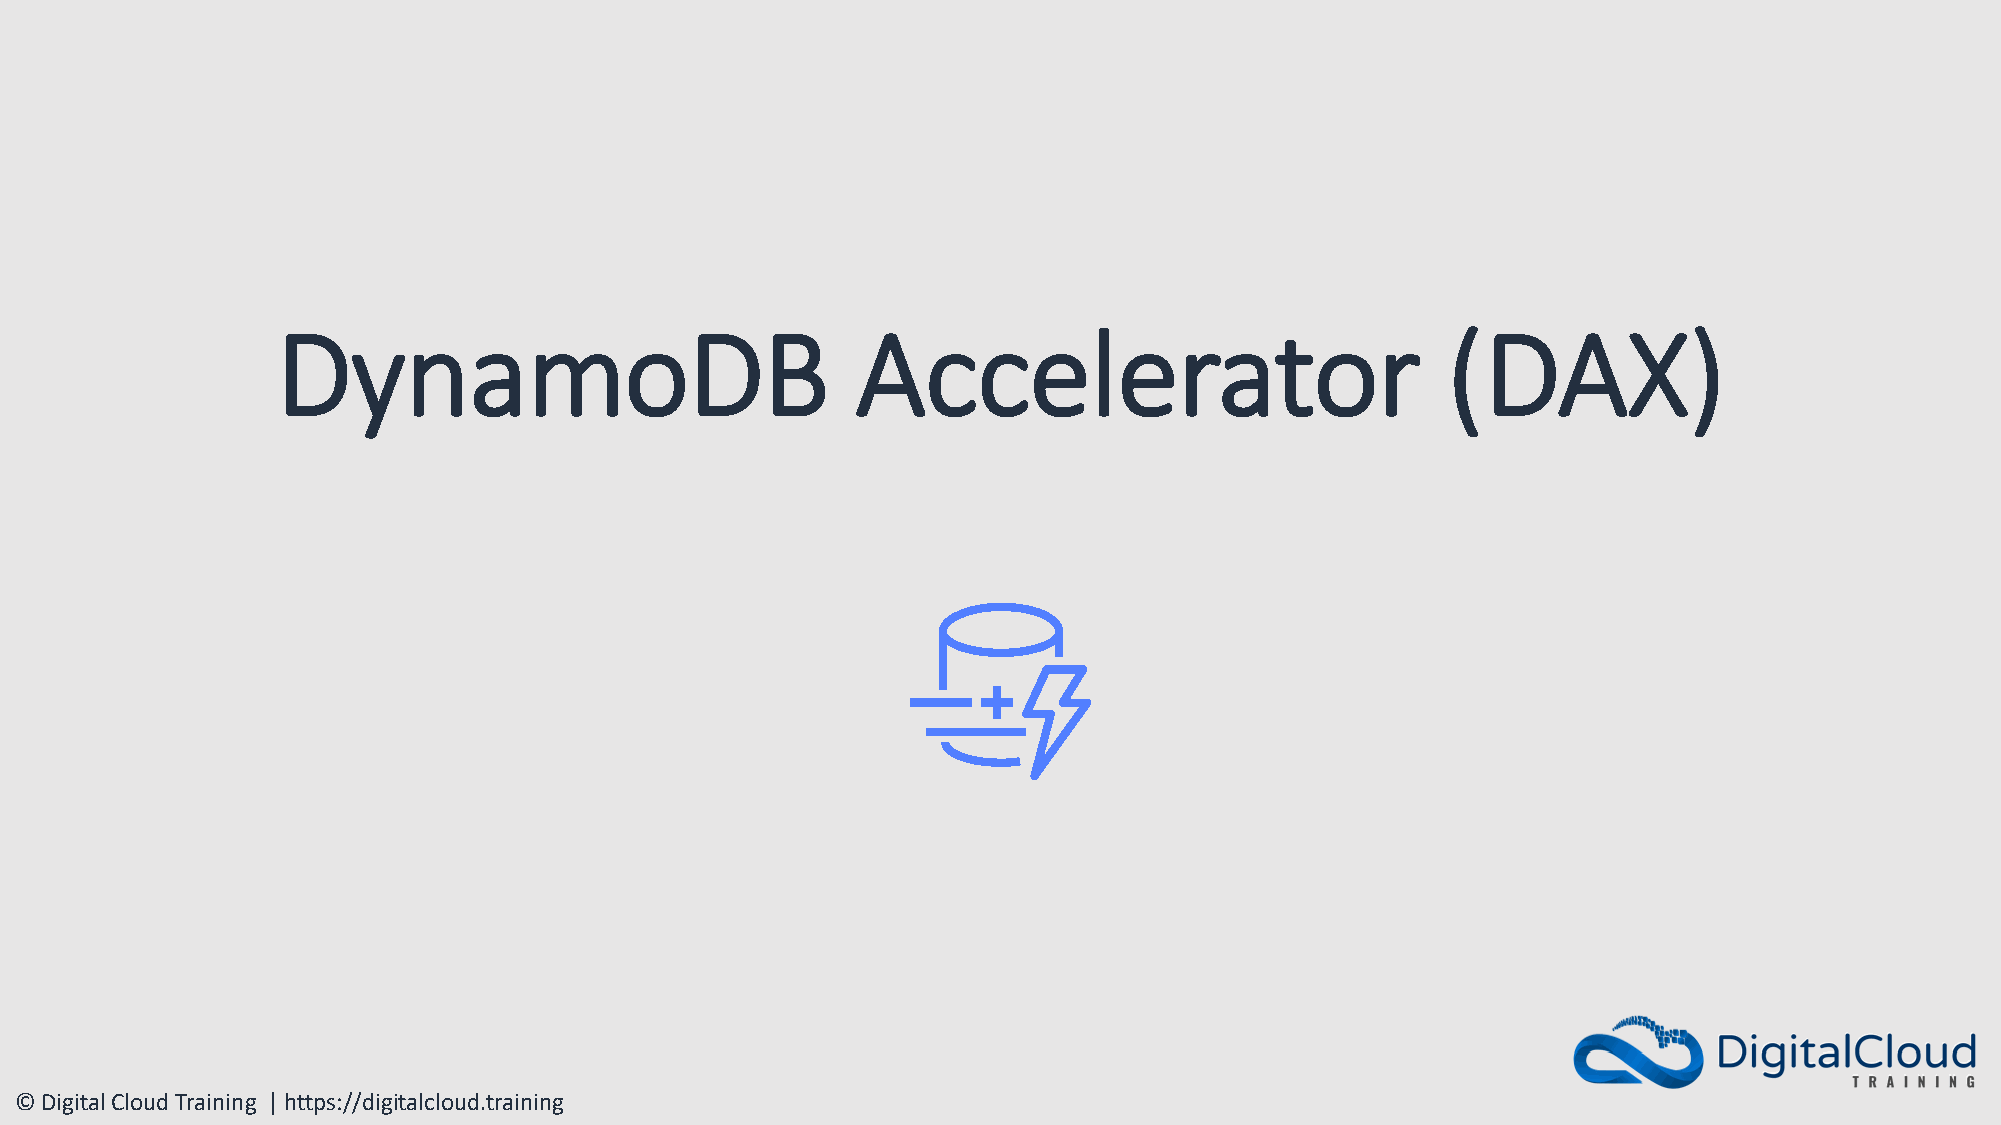
DynamoDB                               Accelerator                            (DAX)
 © Digital Cloud Training | https://digitalcloud.training